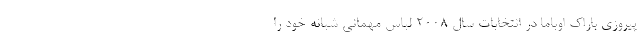
پیروزی باراک اوباما در انتخابات سال 2008 لباس مهمانی شبانه خود را